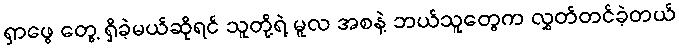
ရှာဖွေ တွေ့ ရှိခဲ့မယ်ဆိုရင် သူတို့ရဲ့ မူလ အစနဲ့ ဘယ်သူတွေက လွှတ်တင်ခဲ့တယ်